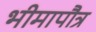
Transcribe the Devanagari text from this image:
भीमापौत्र